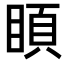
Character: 𥈗